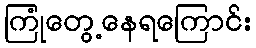
ကြုံတွေ့နေရကြောင်း